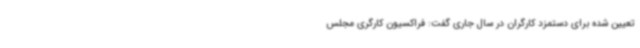
تعیین شده برای دستمزد کارگران در سال جاری گفت: فراکسیون کارگری مجلس